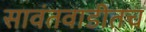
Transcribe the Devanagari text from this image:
सावंतवाडीतच